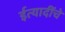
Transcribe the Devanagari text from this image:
ईत्यादींचे